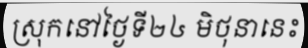
ស្រុកនៅថ្ងៃទី២៤ មិថុនានេះ